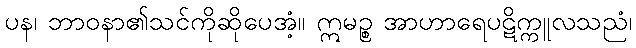
ပန၊ ဘာဝနာ၏သင်ကိုဆိုပေအံ့။ ဣမဉ္စ အာဟာရေပဋိက္ကူလသညံ၊